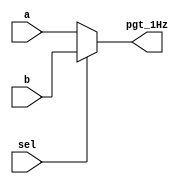
module MUX(output reg pgt_1Hz,
            input wire sel, a, b);
    
    always@(*)begin
        if(sel == 0)begin
            pgt_1Hz = a;
        end
        else begin
            pgt_1Hz = b;
        end
    end
endmodule